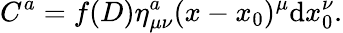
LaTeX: C^{a}=f(D)\eta_{\mu\nu}^{a}(x-x_{0})^{\mu}\mathrm{d}x_{0}^{\nu}.